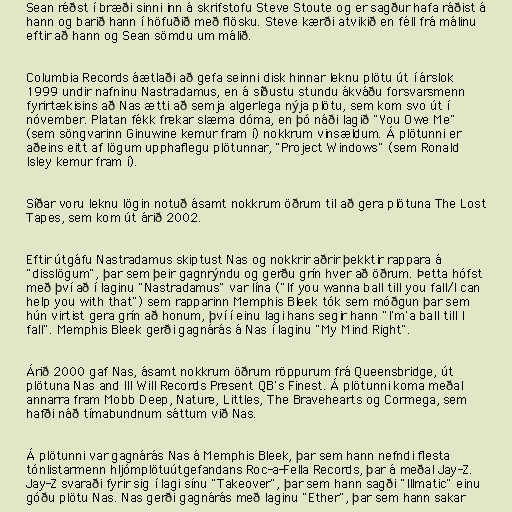
Sean réðst í bræði sinni inn á skrifstofu Steve Stoute og er sagður hafa ráðist á
hann og barið hann í höfuðið með flösku. Steve kærði atvikið en féll frá málinu
eftir að hann og Sean sömdu um málið.

Columbia Records áætlaði að gefa seinni disk hinnar leknu plötu út í árslok
1999 undir nafninu Nastradamus, en á síðustu stundu ákváðu forsvarsmenn
fyrirtækisins að Nas ætti að semja algerlega nýja plötu, sem kom svo út í
nóvember. Platan fékk frekar slæma dóma, en þó náði lagið "You Owe Me"
(sem söngvarinn Ginuwine kemur fram í) nokkrum vinsældum. Á plötunni er
aðeins eitt af lögum upphaflegu plötunnar, "Project Windows" (sem Ronald
Isley kemur fram í).

Síðar voru leknu lögin notuð ásamt nokkrum öðrum til að gera plötuna The Lost
Tapes, sem kom út árið 2002.

Eftir útgáfu Nastradamus skiptust Nas og nokkrir aðrir þekktir rappara á
"disslögum", þar sem þeir gagnrýndu og gerðu grín hver að öðrum. Þetta hófst
með því að í laginu "Nastradamus" var lína ("If you wanna ball till you fall/I can
help you with that") sem rapparinn Memphis Bleek tók sem móðgun þar sem
hún virtist gera grín að honum, því í einu lagi hans segir hann "I'm'a ball till I
fall". Memphis Bleek gerði gagnárás á Nas í laginu "My Mind Right".

Árið 2000 gaf Nas, ásamt nokkrum öðrum röppurum frá Queensbridge, út
plötuna Nas and Ill Will Records Present QB's Finest. Á plötunni koma meðal
annarra fram Mobb Deep, Nature, Littles, The Bravehearts og Cormega, sem
hafði náð tímabundnum sáttum við Nas.

Á plötunni var gagnárás Nas á Memphis Bleek, þar sem hann nefndi flesta
tónlistarmenn hljómplötuútgefandans Roc-a-Fella Records, þar á meðal Jay-Z.
Jay-Z svaraði fyrir sig í lagi sínu "Takeover", þar sem hann sagði "Illmatic" einu
góðu plötu Nas. Nas gerði gagnárás með laginu "Ether", þar sem hann sakar